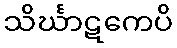
သိင်္ဃာဋကေပိ